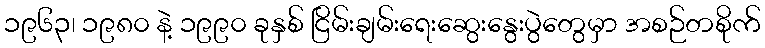
၁၉၆၃၊ ၁၉၈၀ နဲ့ ၁၉၉၀ ခုနှစ် ငြိမ်းချမ်းရေးဆွေးနွေးပွဲတွေမှာ အစဉ်တစိုက်